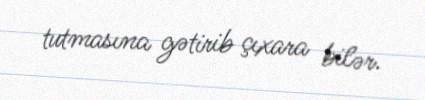
tutmasına gətirib çıxara bilər.